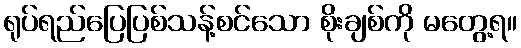
ရုပ်ရည်ပြေပြစ်သန့်စင်သော စိုးချစ်ကို မတွေ့ရ။